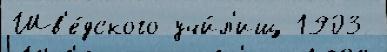
Шв'е́дского учи́л'ищ 1903